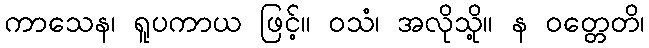
ကာသေန၊ ရူပကာယ ဖြင့်။ ဝသံ၊ အလိုသို့။ န ဝတ္တေတိ၊